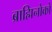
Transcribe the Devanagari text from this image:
ब्राह्मिनोको